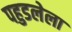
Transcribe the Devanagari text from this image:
पहुडलेला